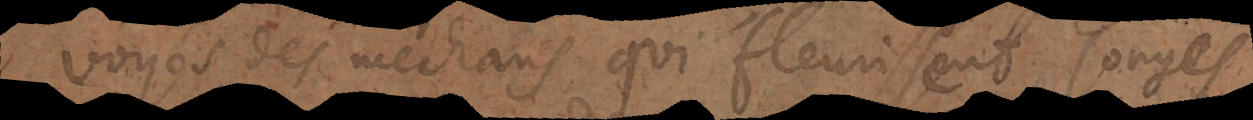
voyés des mechans qui fleurissent, songés